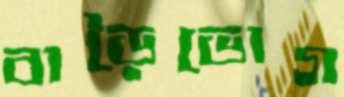
বাড়ৈভোগ